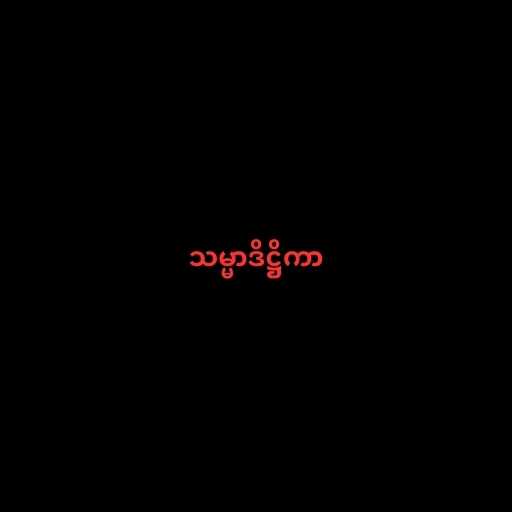
သမ္မာဒိဋ္ဌိကာ